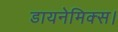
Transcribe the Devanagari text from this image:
डायनेमिक्स।